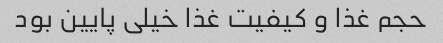
حجم غذا و کیفیت غذا خیلی پایین بود